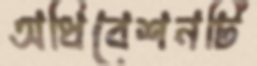
অধিবেশনটি